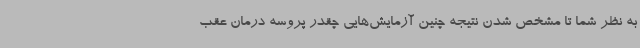
به نظر شما تا مشخص شدن نتیجه چنین آزمایش‌هایی چقدر پروسه درمان عقب